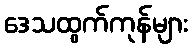
ဒေသထွက်ကုန်များ